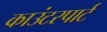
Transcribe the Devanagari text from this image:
काउंटरपार्ट